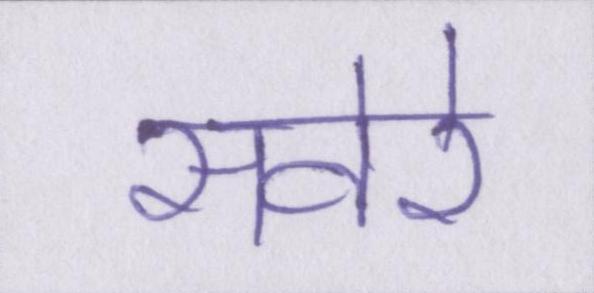
सवेरे